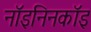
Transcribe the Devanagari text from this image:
नॉइनिनकॉइ